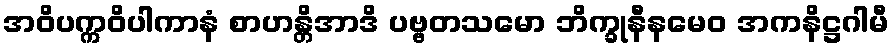
အဝိပက္ကဝိပါကာနံ စာဟန္တိအာဒိ ပဗ္ဗတသမော ဘိက္ခုနီနမေဝ အကနိဋ္ဌဂါမီ